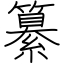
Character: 纂